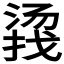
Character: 𱠤